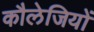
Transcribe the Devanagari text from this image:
कौलेजियों